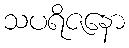
သပရိဇနော